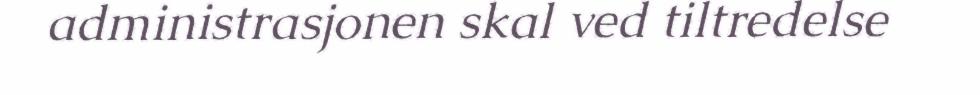
administrasjonen skal ved tiltredelse